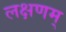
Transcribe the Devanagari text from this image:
लक्षणम्